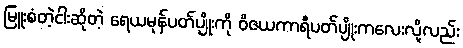
မြူးစံတဲ့ငါးဆိုတဲ့ ရေယမုန်ပတ်ပျိုးကို ဝိဇယကာရီပတ်ပျိုးကလေးလို့လည်း